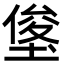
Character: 𭏓